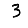
Digit: 3